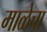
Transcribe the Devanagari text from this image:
माळेचा